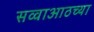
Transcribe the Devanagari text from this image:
सव्वाआठच्या